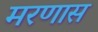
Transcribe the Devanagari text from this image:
मरणास